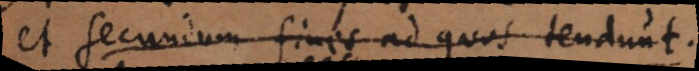
et secundum fines ad quos tendunt.